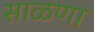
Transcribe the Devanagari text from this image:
साळणा